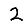
Digit: 2